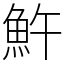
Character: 𩵱